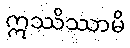
ဣဿိဿာမိ